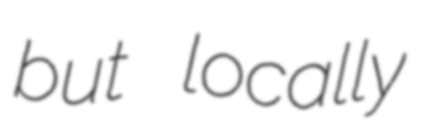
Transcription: but locally